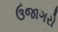
ઉજાગરો